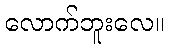
လောက်ဘူးလေ။